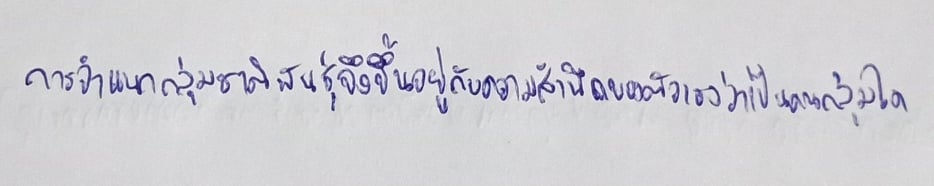
การจำแนกกลุ่มชาติพันธุ์จึงขึ้นอยู่กับความสำนึกของตัวเองว่าเป็นคนกลุ่มใด